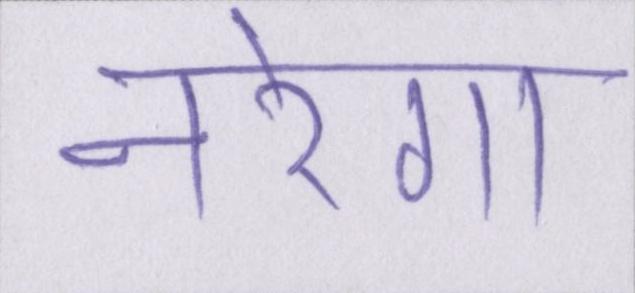
नरेगा